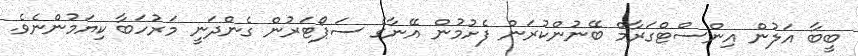
ބީބާ އަލުން އިންސްޓްގަރާމް ބޭނުންކުރަން ފެށުމުން އޭނާގެ ސަޕޯޓަރުން ގެންދަނީ މަރުހަބާ ކިޔަމުންނެވެ.